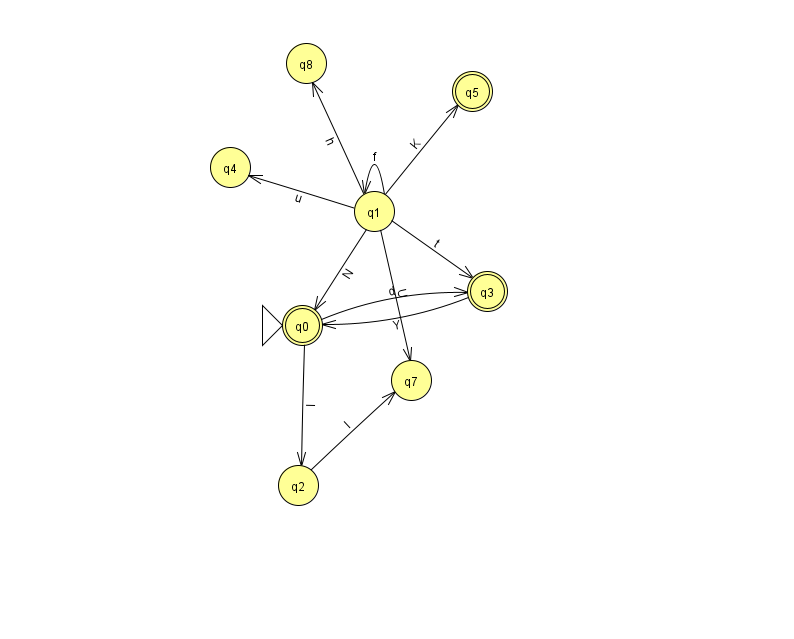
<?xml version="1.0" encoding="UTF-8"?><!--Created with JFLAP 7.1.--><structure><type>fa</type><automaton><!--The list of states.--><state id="0" name="q0"><x>302.0</x><y>312.0</y><initial/><final/></state><state id="1" name="q1"><x>374.0</x><y>198.0</y></state><state id="2" name="q2"><x>298.0</x><y>472.0</y></state><state id="3" name="q3"><x>487.0</x><y>278.0</y><final/></state><state id="4" name="q4"><x>230.0</x><y>154.0</y></state><state id="5" name="q5"><x>472.0</x><y>78.0</y><final/></state><state id="7" name="q7"><x>411.0</x><y>367.0</y></state><state id="8" name="q8"><x>306.0</x><y>50.0</y></state><!--The list of transitions.--><transition><from>0</from><to>2</to><read>I</read></transition><transition><from>2</from><to>7</to><read>l</read></transition><transition><from>3</from><to>0</to><read>Y</read></transition><transition><from>1</from><to>3</to><read>t</read></transition><transition><from>1</from><to>5</to><read>K</read></transition><transition><from>1</from><to>4</to><read>u</read></transition><transition><from>1</from><to>0</to><read>N</read></transition><transition><from>1</from><to>1</to><read>f</read></transition><transition><from>1</from><to>7</to><read>U</read></transition><transition><from>0</from><to>3</to><read>d</read></transition><transition><from>1</from><to>8</to><read>h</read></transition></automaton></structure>